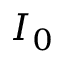
I _ { 0 }